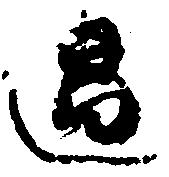
過